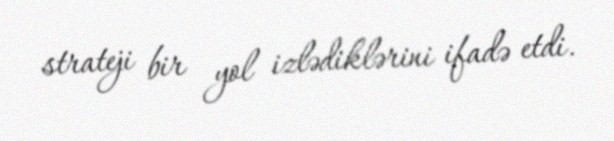
strateji bir yol izlədiklərini ifadə etdi.